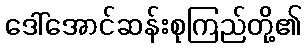
ဒေါ်အောင်ဆန်းစုကြည်တို့၏